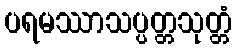
ပရမဿာသပ္ပတ္တသုတ္တံ